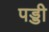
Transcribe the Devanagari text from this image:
पड्डी